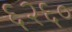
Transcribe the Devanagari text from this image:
६२६०